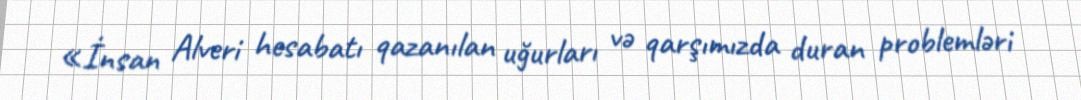
«İnsan Alveri hesabatı qazanılan uğurları və qarşımızda duran problemləri